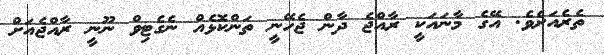
ތެރެއަށެވެ. އޭގެ މާނައަކީ ރާއްޖެ ދާން ޖެހޭނީ ތަންކޮޅެއް ނެގެޓިވް ނޫނީ ރާއްޖެއަށް